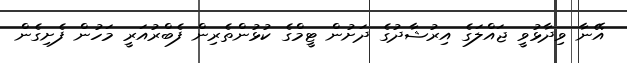
އޭނާ ވިދާޅުވީ ޖައްލަގެ އިރުޝާދުގެ ދަށުން ޓީމްގެ ކުޅުންތެރިން ފެބްރުއަރީ މަހުން ފެށިގެން